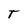
Character: T